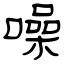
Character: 噪